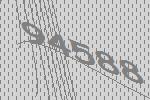
94588